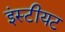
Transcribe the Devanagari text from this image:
इंस्टीयट